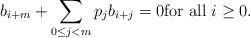
LaTeX: \begin{align*} b_{i+m} + \sum_{0 \le j < m} p_j b_{i+j} = 0 \mbox{for all $i \ge 0$.} \end{align*}